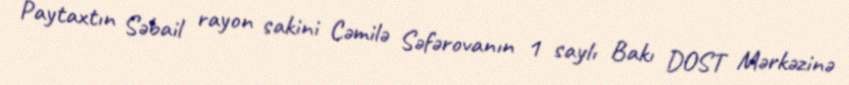
Paytaxtın Səbail rayon sakini Cəmilə Səfərovanın 1 saylı Bakı DOST Mərkəzinə